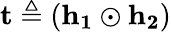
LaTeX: \mathbf{t}\triangleq(\mathbf{h_{1}}\odot\mathbf{h_{2}})